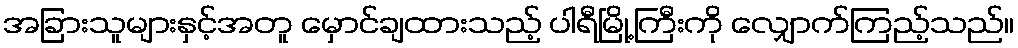
အခြားသူများနှင့်အတူ မှောင်ချထားသည့် ပါရီမြို့ကြီးကို လျှောက်ကြည့်သည်။